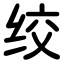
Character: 绞